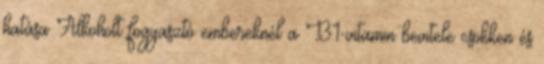
hatása Alkoholt fogyasztó embereknél a B1-vitamin bevitele csökken és